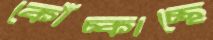
কোঁচ্‌কাচ্ছে